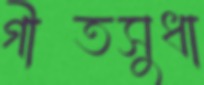
গীতসুধা